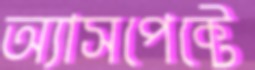
অ্যাসপেক্টে